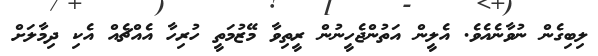
ލިބިގެން ނުވާނެއެވެ. އެލީން އަތުންޖެހީނުން ރީތިވާ މޭޒުމަތީ ހުރިހާ އެއްޗެއް އެކި ދިމާލަށް